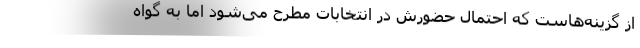
از گزینه‌هاست که احتمال حضورش در انتخابات مطرح می‌شود اما به گواه